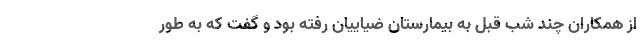
از همکاران چند شب قبل به بیمارستان ضیاییان رفته بود و گفت که به طور